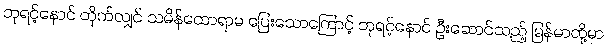
ဘုရင့်နောင် တိုက်လျှင် သမိန်ထောရာမ ပြေးသောကြောင့် ဘုရင့်နောင် ဦးဆောင်သည့် မြန်မာတို့မှာ